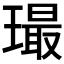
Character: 𤩛